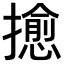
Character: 𢷀